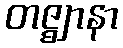
တဇ္ဈာနာ